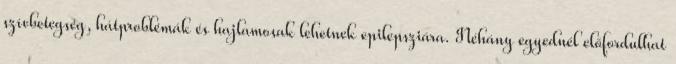
szívbetegség, hátproblémák és hajlamosak lehetnek epilepsziára. Néhány egyednél előfordulhat